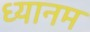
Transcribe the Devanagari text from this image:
ध्यानम